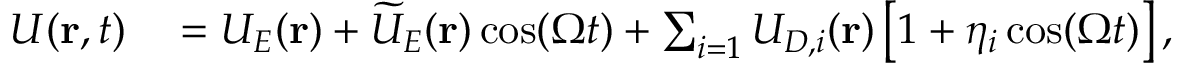
\begin{array} { r l } { U ( \mathbf { r } , t ) } & { { } = U _ { E } ( \mathbf { r } ) + \widetilde { U } _ { E } ( \mathbf { r } ) \cos ( \Omega t ) + \sum _ { i = 1 } U _ { D , i } ( \mathbf { r } ) \left[ 1 + \eta _ { i } \cos ( \Omega t ) \right] , } \end{array}